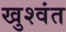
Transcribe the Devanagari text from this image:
खुश्वंत